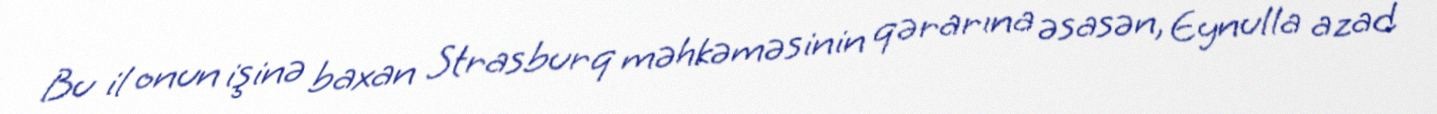
Bu il onun işinə baxan Strasburq məhkəməsinin qərarına əsasən, Eynulla azad